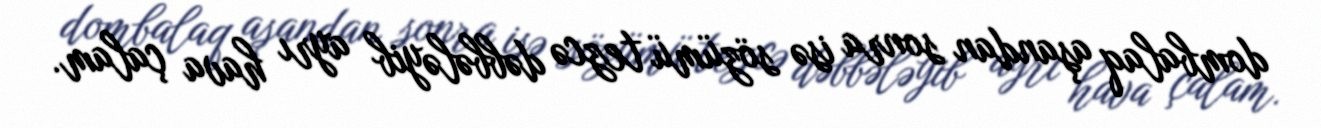
dombalaq aşandan sonra isə sözümü tezcə dəbbələyib ayrı hava çalam.